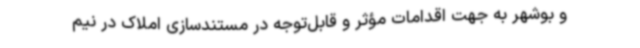
و بوشهر به جهت اقدامات مؤثر و قابل‌توجه در مستندسازی املاک در نیم